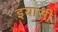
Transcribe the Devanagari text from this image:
इयासी